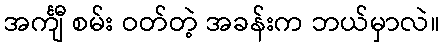
အင်္ကျီ စမ်း ဝတ်တဲ့ အခန်းက ဘယ်မှာလဲ။